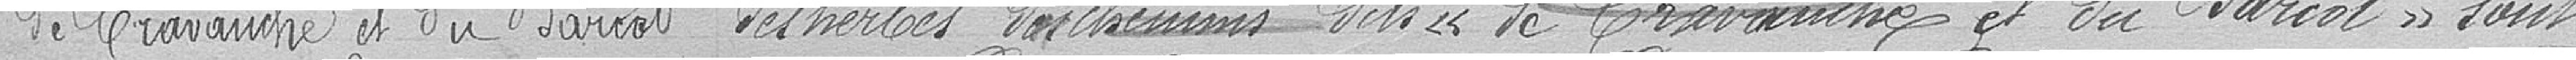
de Cravanche et du Barcot des herbes des chemins dits "de Cravanche et du Barcot" sont